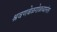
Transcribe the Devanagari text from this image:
श्रवणबेळगोळच्यानंतर